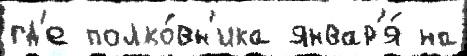
гд'е полко́вн'ика январ'я́ на